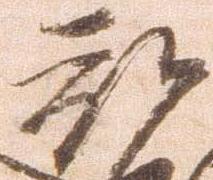
被